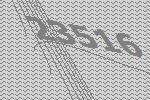
23516